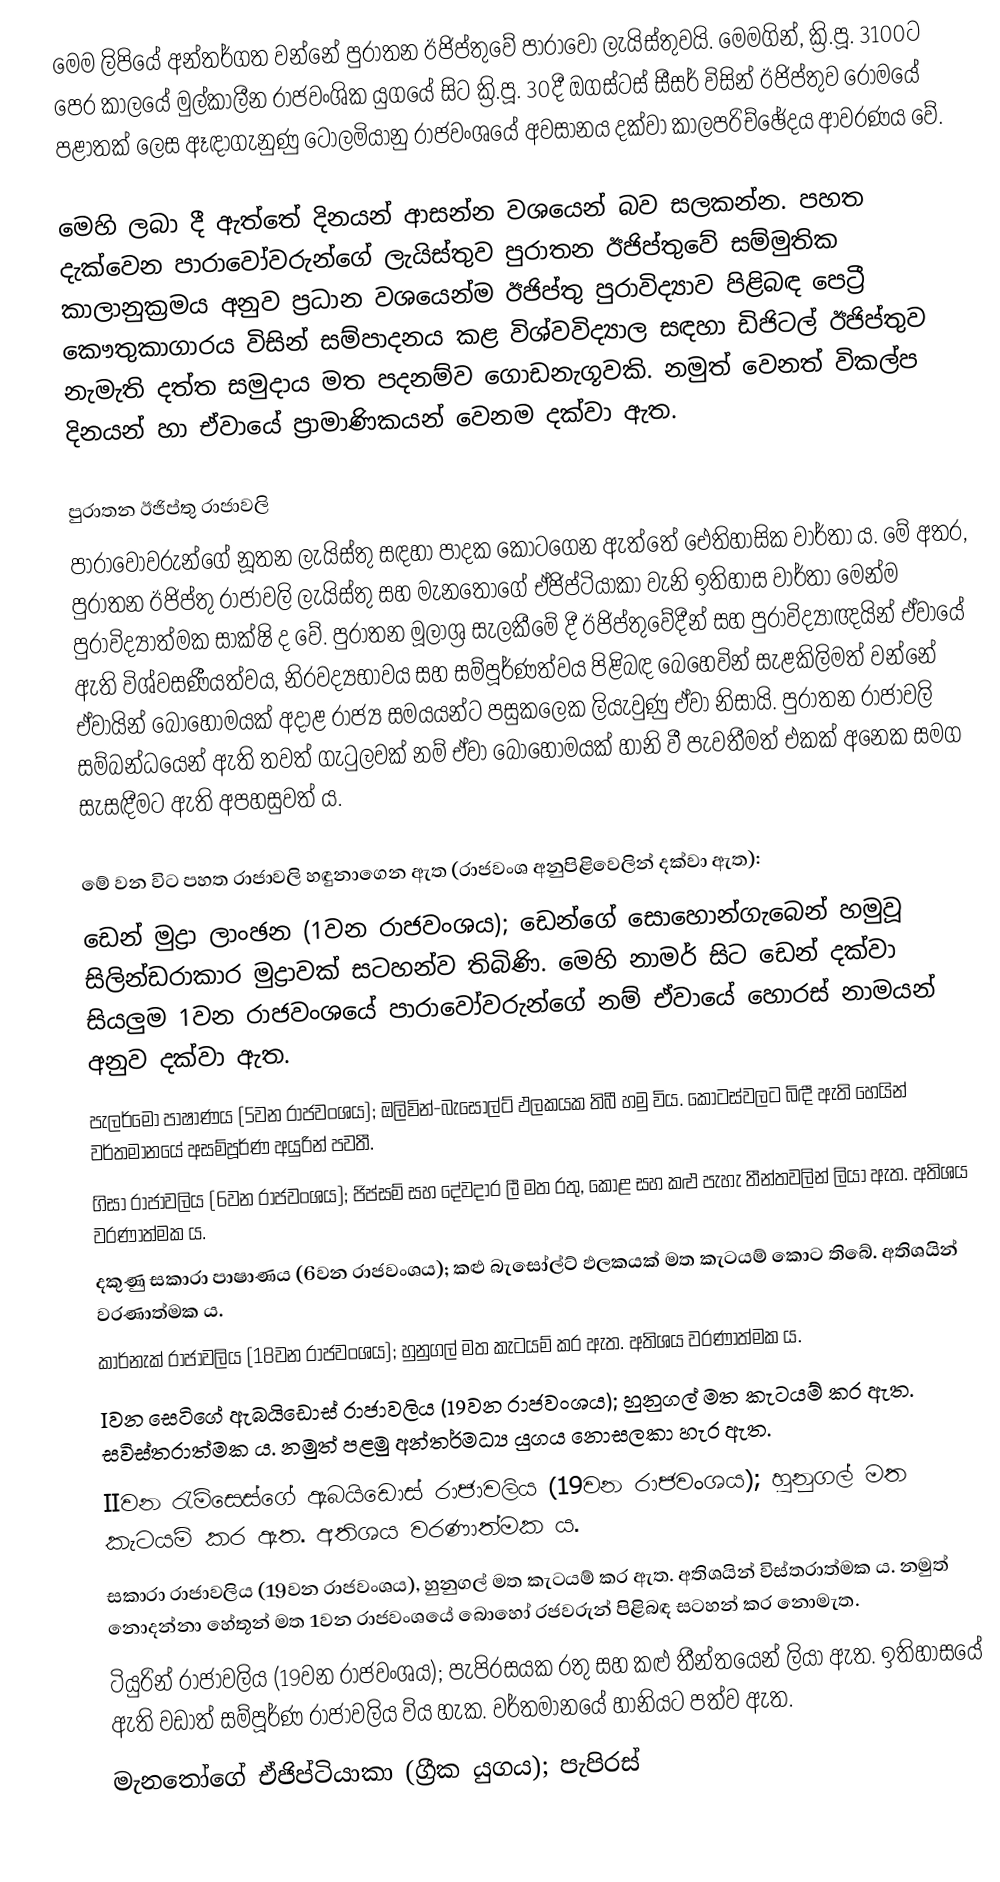
මෙම ලිපියේ අන්තර්ගත වන්නේ පුරාතන ඊජිප්තුවේ පාරාවෝ ලැයිස්තුවයි. මෙමගින්, ක්‍රි.පූ. 3100ට පෙර කාලයේ මුල්කාලීන රාජවංශික යුගයේ සිට ක්‍රි.පූ. 30දී ඔගස්ටස් සීසර් විසින් ඊජිප්තුව රෝමයේ පළාතක් ලෙස ඈඳාගැනුණු ටොලමියානු රාජවංශයේ අවසානය දක්වා කාලපරිච්ඡේදය ආවරණය වේ.

මෙහි ලබා දී ඇත්තේ දිනයන් ආසන්න වශයෙන් බව සලකන්න. පහත දැක්වෙන පාරාවෝවරුන්‍ගේ ලැයිස්තුව පුරාතන ඊජිප්තුවේ සම්මුතික කාලානුක්‍රමය අනුව ප්‍රධාන වශයෙන්ම ඊජිප්තු පුරාවිද්‍යාව පිළිබඳ පෙට්‍රී කෞතුකාගාරය විසින් සම්පාදනය කළ විශ්වවිද්‍යාල සඳහා ඩිජිටල් ඊජිප්තුව නැමැති දත්ත සමුදාය මත පදනම්ව ගොඩනැගූවකි. නමුත් වෙනත් විකල්ප දිනයන් හා ඒවායේ ප්‍රාමාණිකයන් වෙනම දක්වා ඇත.

පුරාතන ඊජිප්තු රාජාවලි
පාරාවෝවරුන්ගේ නූතන ලැයිස්තු සඳහා පාදක කොටගෙන ඇත්තේ ඓතිහාසික වාර්තා ය. මේ අතර, පුරාතන ඊජිප්තු රාජාවලි ලැයිස්තු සහ මැනතෝගේ ඒජිප්ටියාකා වැනි ඉතිහාස වාර්තා මෙන්ම පුරාවිද්‍යාත්මක සාක්ෂි ද වේ. පුරාතන මූලාශ්‍ර සැලකීමේ දී ඊජිප්තුවේදීන් සහ පුරාවිද්‍යාඥයින් ඒවායේ ඇති විශ්වසණීයත්වය, නිරවද්‍යභාවය සහ සම්පූර්ණත්වය පිළිබඳ බෙහෙවින් සැළකිලිමත් වන්නේ ඒවායින් බොහෝමයක් අදාළ රාජ්‍ය සමයයන්ට පසුකලෙක ලියැවුණු ඒවා නිසායි. පුරාතන රාජාවලි සම්බන්ධයෙන් ඇති තවත් ගැටුලවක් නම් ඒවා බොහෝමයක් හානි වී පැවතීමත් එකක් අනෙක සමග සැසඳීමට ඇති අපහසුවත් ය.

මේ වන විට පහත රාජාවලි හඳුනාගෙන ඇත (රාජවංශ අනුපිළිවෙලින් දක්වා ඇත):
 ඩෙන් මුද්‍රා ලාංඡන (1වන රාජවංශය); ඩෙන්ගේ සොහොන්ගැබෙන් හමුවූ සිලින්ඩරාකාර මුද්‍රාවක් සටහන්ව තිබිණි. මෙහි නාමර් සිට ඩෙන් දක්වා සියලුම 1වන රාජවංශයේ පාරාවෝවරුන්ගේ නම් ඒවායේ හොරස් නාමයන් අනුව දක්වා ඇත.
 පැලර්මෝ පාෂාණය (5වන රාජවංශය); ඔලිවින්-බැසෝල්ට් ඵලකයක තිබී හමු විය. කොටස්වලට බිඳී ඇති හෙයින් වර්තමානයේ අසම්පූර්ණ අයුරින් පවතී.
 ගිසා රාජාවලිය (6වන රාජවංශය); ජිප්සම් සහ දේවදාර ලී මත රතු, කොළ සහ කළු පැහැ තීන්තවලින් ලියා ඇත. අතිශය වරණාත්මක ය.
 දකුණු සකාරා පාෂාණය (6වන රාජවංශය); කළු බැසෝල්ට් ඵලකයක් මත කැටයම් කොට තිබේ. අතිශයින් වරණාත්මක ය.
 කාර්නැක් රාජාවලිය (18වන රාජවංශය); හුනුගල් මත කැටයම් කර ඇත. අතිශය වරණාත්මක ය.
 Iවන සෙටිගේ ඇබයිඩොස් රාජාවලිය (19වන රාජවංශය); හුනුගල් මත කැටයම් කර ඇත. සවිස්තරාත්මක ය. නමුත් පළමු අන්තර්මධ්‍ය යුගය නොසලකා හැර ඇත.
 IIවන රැම්සෙස්ගේ ඇබයිඩොස් රාජාවලිය (19වන රාජවංශය); හුනුගල් මත කැටයම් කර ඇත. අතිශය වරණාත්මක ය.
 සකාරා රාජාවලිය (19වන රාජවංශය), හුනුගල් මත කැටයම් කර ඇත. අතිශයින් විස්තරාත්මක ය. නමුත් නොදන්නා හේතූන් මත 1වන රාජවංශයේ බොහෝ රජවරුන් පිළිබඳ සටහන් කර නොමැත.
 ටියුරින් රාජාවලිය (19වන රාජවංශය); පැපිරසයක රතු සහ කළු තීන්තයෙන් ලියා ඇත. ඉතිහාසයේ ඇති වඩාත් සම්පූර්ණ රාජාවලිය විය හැක. වර්තමාන‍යේ හානියට පත්ව ඇත.
 මැනතෝගේ ඒජිප්ටියාකා (ග්‍රීක යුගය); පැපිරස්